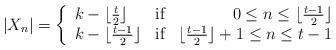
LaTeX: \begin{align*}|X_{n}|=\left\{\begin{array}{lcr} k-\lfloor\frac{t}{2}\rfloor & \textnormal{if} & 0\leq n\leq\lfloor\frac{t-1}{2}\rfloor\\ k-\lfloor\frac{t-1}{2}\rfloor & \textnormal{if} & \lfloor\frac{t-1}{2}\rfloor+1\leq n\leq t-1 \end{array}\right.\end{align*}